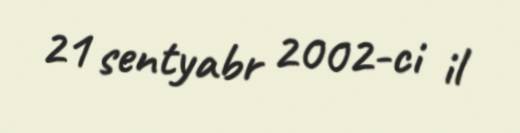
21 sentyabr 2002-ci il